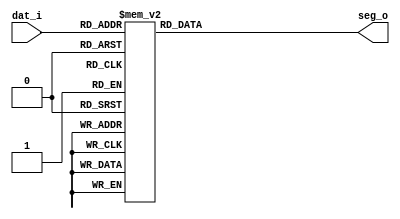
/*
 * The Gladiator
 * module		:seg7_decoder
 * Team members	:Changjin He
 *				 Yue Yin
 */


module seg7_decoder(
	dat_i,
	seg_o); 

	input	[3:0]	dat_i;				
	output	[6:0]	seg_o;						

	reg		[6:0]	seg_o;				

	always @(*)begin
		case(dat_i)				
		
			4'h0:seg_o=7'b1000000;	//displays 0
			4'h1:seg_o=7'b1111001;	//displays 1
			4'h2:seg_o=7'b0100100;	//displays 2
			4'h3:seg_o=7'b0110000;	//displays 3
			4'h4:seg_o=7'b0011001;	//displays 4
			4'h5:seg_o=7'b0010010;	//displays 5
			4'h6:seg_o=7'b0000010;	//displays 6
			4'h7:seg_o=7'b1111000;	//displays 7
			4'h8:seg_o=7'b0000000;	//displays 8
			4'h9:seg_o=7'b0011000;	//displays 9
			default:seg_o=7'b0111111;// default
		endcase
	end
	
endmodule